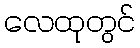
လေထုတွင်